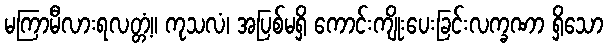
မကြာမီလားရလတ္တံ့။ ကုသလံ၊ အပြစ်မရှိ ကောင်းကျိုးပေးခြင်းလက္ခဏာ ရှိသော